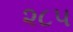
૨૮૫